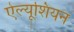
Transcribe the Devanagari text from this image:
ऐल्यूशियन